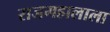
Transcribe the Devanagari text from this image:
राजमहालाला